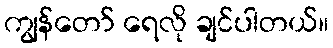
ကျွန်တော် ရေလို ချင်ပါတယ်။